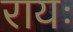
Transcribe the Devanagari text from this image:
रायः